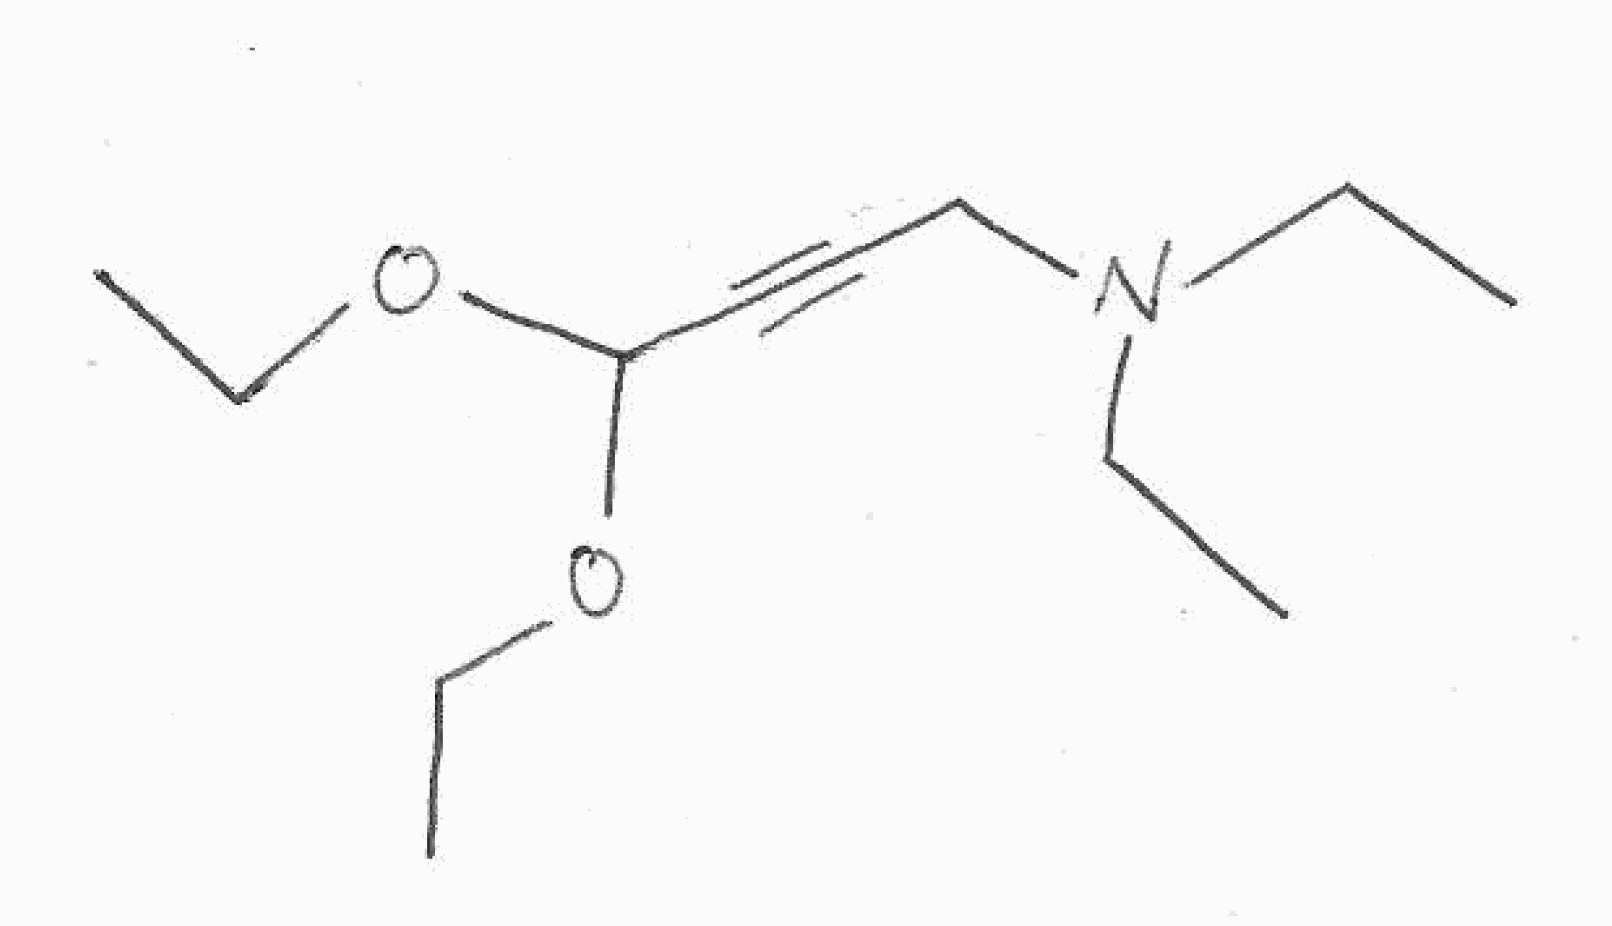
Simplified molecular-input line-entry system (SMILES) notation of the given molecule:
CCN(CC)CC#CC(OCC)OCC